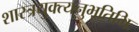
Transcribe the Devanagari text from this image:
शास्त्रयुक्त्यनुभूतिभिः